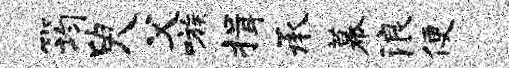
筠臾父嗾揖承幕浪便